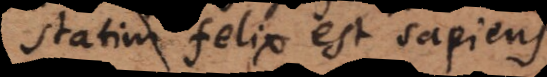
statim felix est sapiens.